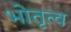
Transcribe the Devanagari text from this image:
भोतृत्व